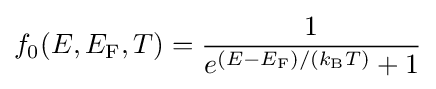
f_{0}(E,E_{\rm {F}},T)={\frac {1}{e^{(E-E_{\rm {F}})/(k_{\rm {B}}T)}+1}}